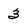
Character: 3